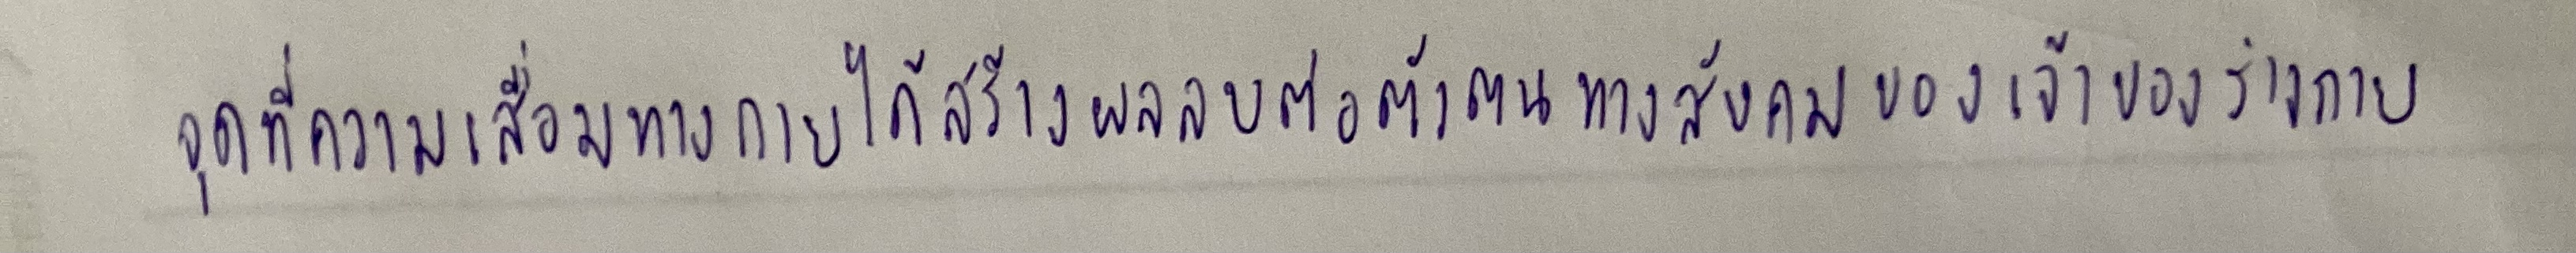
จุดที่ความเสื่อมทางกายได้สร้างผลลบต่อตัวตนทางสังคมของเจ้าของร่างกาย